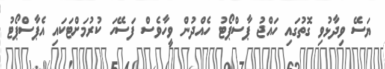
ޔަސޭ ވިދާޅުވި ގޮތުގައި ހައްޖު ޕާސްޕޯޓު ހެއްދުން ވީހާވެސް ފަސޭހަ ކުރުމަށްޓަކައި އެޕާސްޕޯޓު